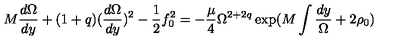
M \frac { d \Omega } { d y } + ( 1 + q ) ( \frac { d \Omega } { d y } ) ^ { 2 } - \frac { 1 } { 2 } f _ { 0 } ^ { 2 } = - \frac { \mu } { 4 } \Omega ^ { 2 + 2 q } \exp ( M \int \frac { d y } { \Omega } + 2 \rho _ { 0 } )